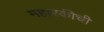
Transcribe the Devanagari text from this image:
महारकीची